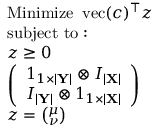
{ \begin{array} { r l } & { { \mathrm { M i n i m i z e ~ } } \operatorname { v e c } ( c ) ^ { \top } z } \\ & { { \mathrm { s u b j e c t ~ t o : } } } \\ & { z \geq 0 } \\ & { { \left( \begin{array} { l } { 1 _ { 1 \times \left\vert \mathbf { Y } \right\vert } \otimes I _ { \left\vert \mathbf { X } \right\vert } } \\ { I _ { \left\vert \mathbf { Y } \right\vert } \otimes 1 _ { 1 \times \left\vert \mathbf { X } \right\vert } } \end{array} \right) } } \\ & { z = { \binom { \mu } { \nu } } } \end{array} }